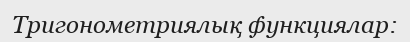
Тригонометриялық функциялар: